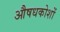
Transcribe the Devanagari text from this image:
औषधकोशों